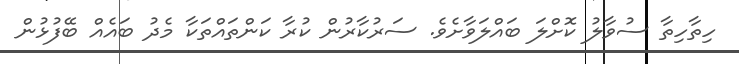
ހިތާހިތާ ސުވާލު ކޮށްލަ ބައްލަވާށެވެ. ސަރުކާރުން ކުރާ ކަންތައްތަކާ މެދު ބައެއް ބޭފުޅުން